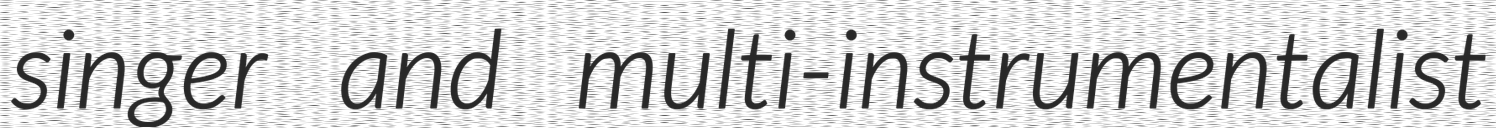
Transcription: singer and multi-instrumentalist